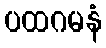
ပထဂမနံ